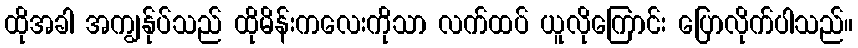
ထိုအခါ အကျွန်ုပ်သည် ထိုမိန်းကလေးကိုသာ လက်ထပ် ယူလိုကြောင်း ပြောလိုက်ပါသည်။